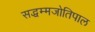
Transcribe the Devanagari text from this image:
सद्धम्मजोतिपाल